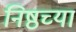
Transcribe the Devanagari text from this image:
निष्ठच्या